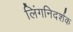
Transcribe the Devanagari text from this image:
लिंगनिदर्शक